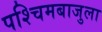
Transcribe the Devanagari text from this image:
पश्चिमबाजुला